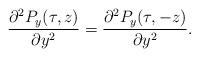
LaTeX: \begin{align*}\frac{\partial^2P_y(\tau,z)}{\partial y^2}=\frac{\partial^2P_y(\tau,-z)}{\partial y^2}.\end{align*}